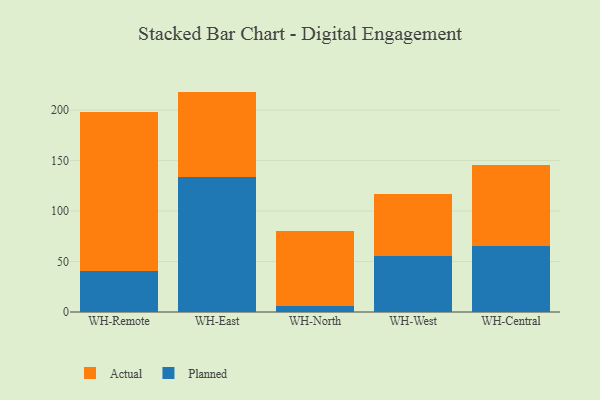
{"axis": {"x": "Warehouse", "y": "LTV (USD)"}, "legend": ["Actual", "Planned"], "data": [{"x": "WH-Remote", "y": 40.5, "type": "Planned"}, {"x": "WH-Remote", "y": 157.5, "type": "Actual"}, {"x": "WH-East", "y": 133.6, "type": "Planned"}, {"x": "WH-East", "y": 84.7, "type": "Actual"}, {"x": "WH-North", "y": 6.0, "type": "Planned"}, {"x": "WH-North", "y": 74.6, "type": "Actual"}, {"x": "WH-West", "y": 55.6, "type": "Planned"}, {"x": "WH-West", "y": 60.9, "type": "Actual"}, {"x": "WH-Central", "y": 65.0, "type": "Planned"}, {"x": "WH-Central", "y": 80.3, "type": "Actual"}]}